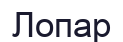
Лопар